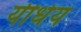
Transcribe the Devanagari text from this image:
यीधेय